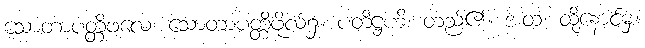
သောတာပတ္တိဖလေ၊ သောတာပတ္တိဖိုလ်၌။ ပတိဋ္ဌဟိ၊ တည်၏။ အထ၊ ထို့နောင်မှ။